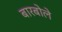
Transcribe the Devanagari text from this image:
बारबोले